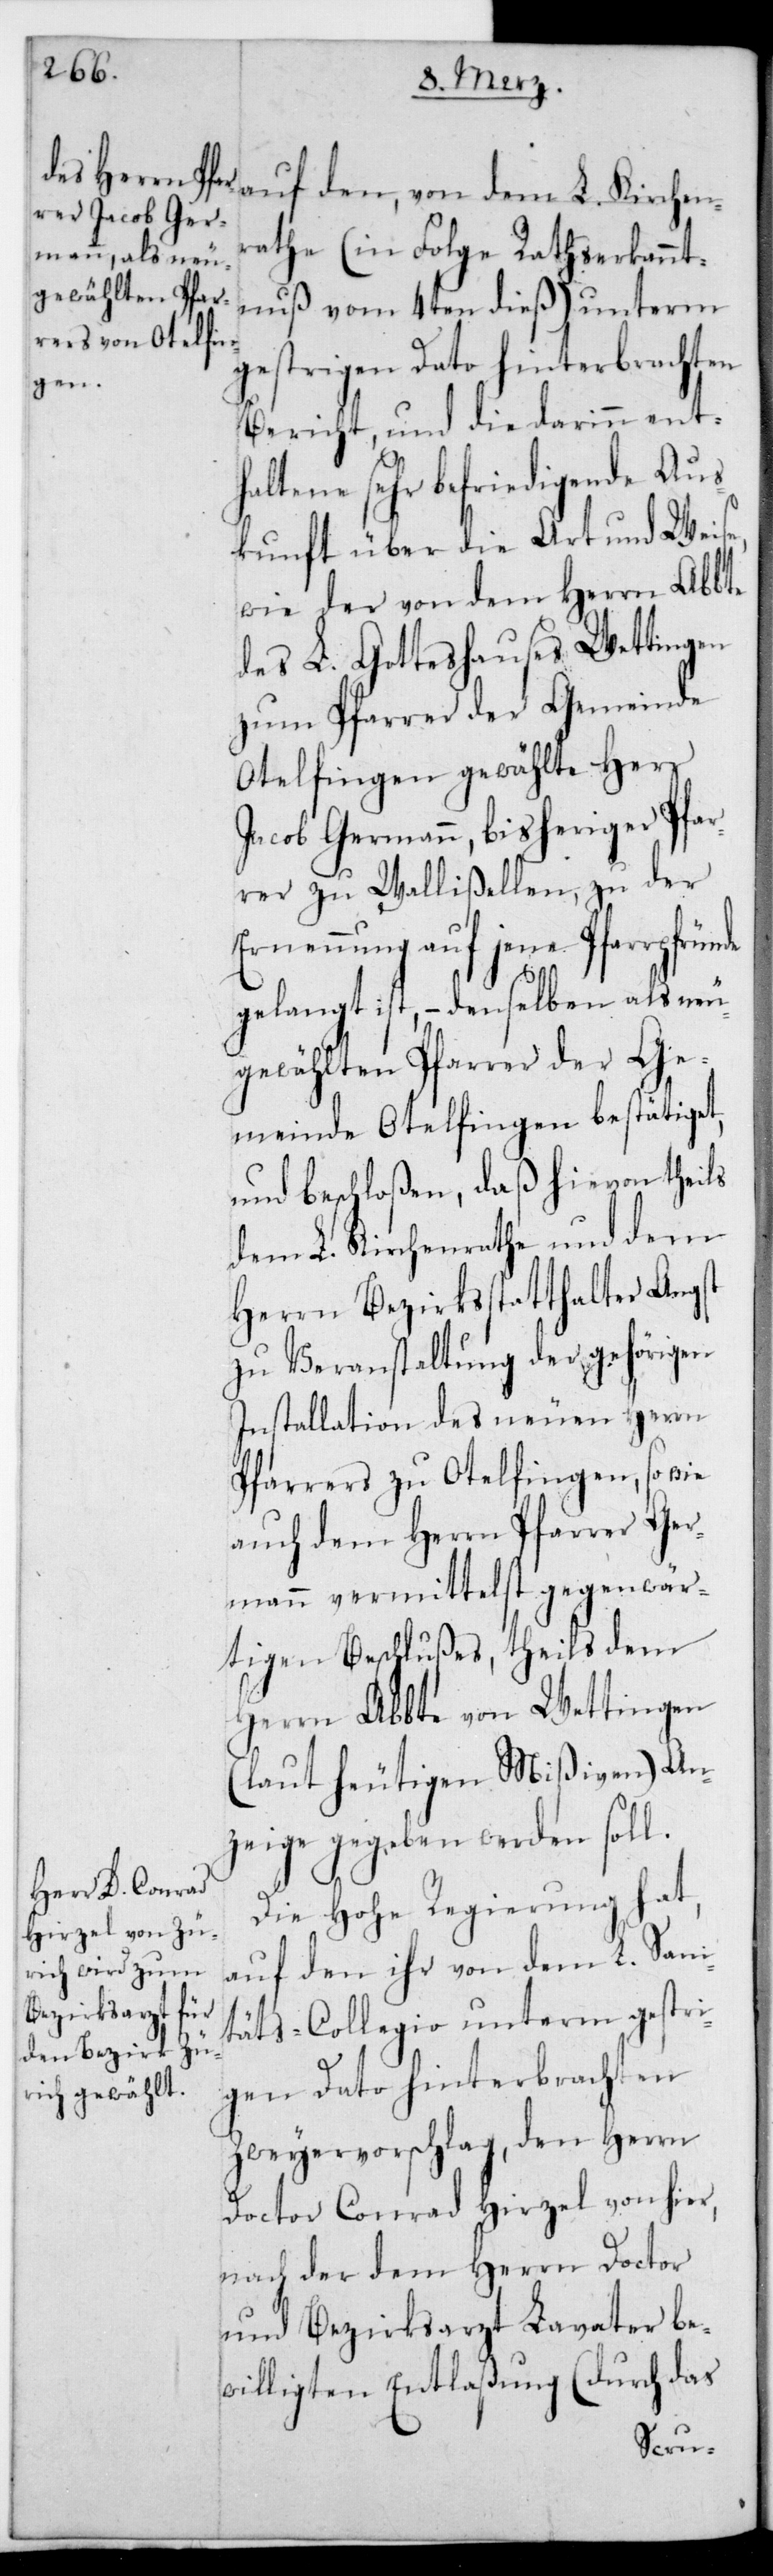
ntnuß vom 4ten dieß) unterm
gestrigen Dato hinterbrachten
Bericht, und die darin ent¬
haltene sehr befriedigende Aus¬
kunft über die Art und Weise,
wie der von dem Herrn Abte
des L. Gotteshauses Wettingen
zum Pfarrer der Gemeinde
Otelfingen gewählte Herr
Jacob Germann, bisheriger Pfar¬
rer zu Wallisellen, zu der
Ernennung auf jene Pfarrpfründe
gelangt ist, – denselben als neu¬
gewählten Pfarrer der Ge¬
meinde Otelfingen bestätiget,
und beschloßen, daß hievon theils
dem L. Kirchenrathe und dem
Herrn Bezirksstatthalter Angst
zu Veranstaltung der gehörigen
Installation des neuen Herrn
Pfarrers zu Otelfingen, sowie
auch dem Herrn Pfarrer Ger¬
mann vermittelst gegenwär¬
tigen Beschlußes, theils dem
Herrn Abte von Wettingen
(laut heutigen Mißiven) An¬
zeige gegeben werden soll.
Die Hohe Regierung hat,
auf den ihr von dem L. Sani¬
täts-Collegio unterm gestri¬
gen Dato hinterbrachten
Zweyervorschlag, den Herrn
Doctor Conrad Hirzel von hier,
nach der dem Herrn Doctor
und Bezirksarzt Lavater be¬
willigten Entlaßung (durch das
serkan¬